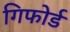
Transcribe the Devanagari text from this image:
गिफोर्ड